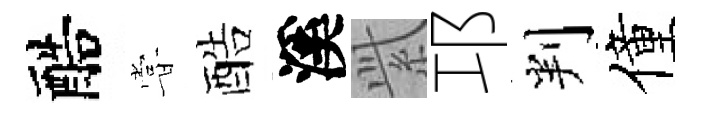
醅甞酷溪𬗋邛判僮